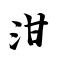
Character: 泔